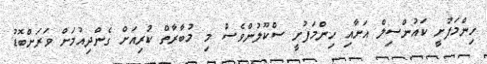
ހިންމަފުށީ ކައުންސިލް އަށާއި ހިންމަފުށީ ސްކޫލުންވެސް މި މުބާރާތް ކުރިއަށް ގެންދިއުމަށް ވަރަށްބޮޑު